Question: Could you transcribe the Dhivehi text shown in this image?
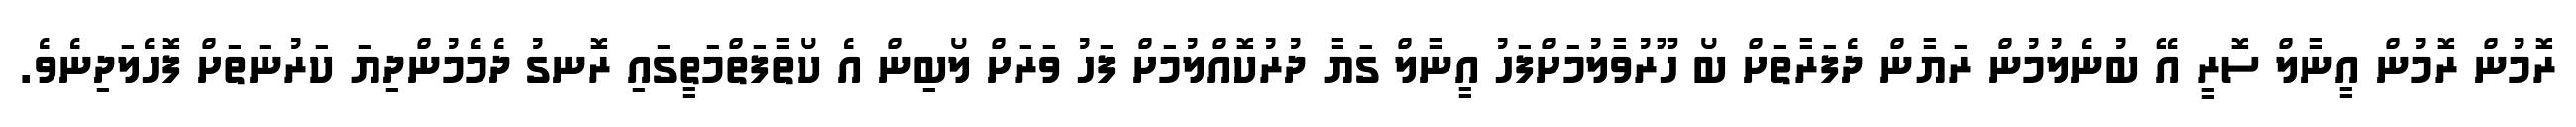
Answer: ރޮމުން ރޮމުން އީނާލް ސޮރީ އޭ ބުނެލުމުން ރަޔާން ދެފަރާތަށް ބޯ ހޫރުވާލުމަށްފަހު އީނާލް ގަޔާ ދުރުކޮއްލުމަށް ފަހު ވަރަށް ލޯބިން އެ ކޯތާފަތްމަތީގައި ރޮނގު ދެމެމުންދިޔަ ކަރުނަތަށް ފޮހެލަދިނެވެ.